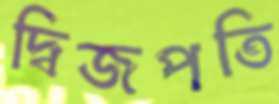
দ্বিজপতি